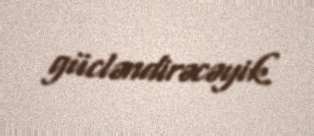
gücləndirəcəyik.